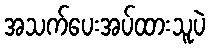
အသက်ပေးအပ်ထားသူပဲ